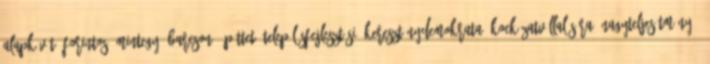
alapkövét, forintos, mintegy, Barcson, építtet, településfejlesztési, kereszténydemokrata, kockázatvállalására, nagyteljesítményű,